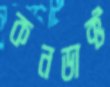
কনডাক্ট